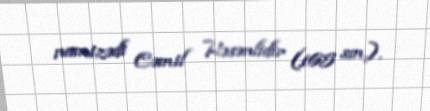
namizədi Cəmil Həsənlidir (165 sm.).